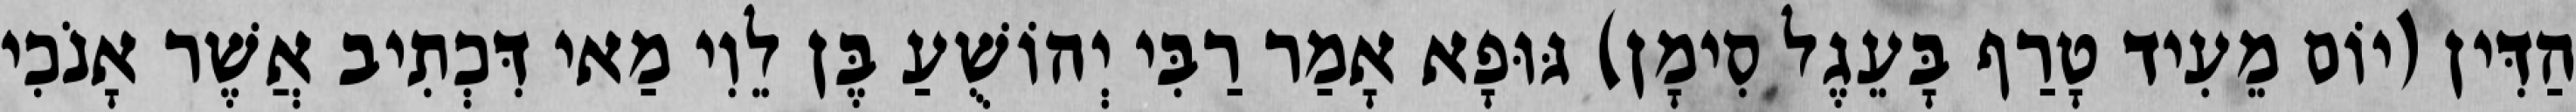
הַדִּין (יוֹם מֵעִיד טָרַף בָּעֵגֶל סִימָן) גּוּפָא אָמַר רַבִּי יְהוֹשֻׁעַ בֶּן לֵוִי מַאי דִּכְתִיב אֲשֶׁר אָנֹכִי